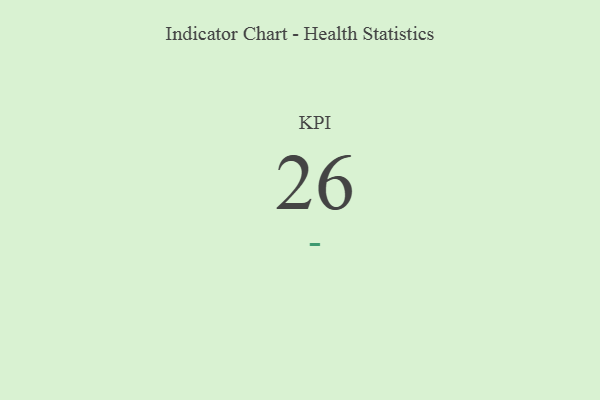
{"axis": {"x": "KPI", "y": "Value"}, "legend": [""], "data": [{"x": "KPI", "y": 26, "type": ""}]}